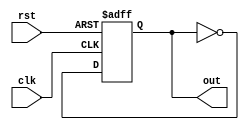
module Freq_Div_by_2(
    input clk,
    input rst,
    output reg out
    );
    
    always @(posedge clk or negedge rst)
    if (!rst)
        out <= 0;
    else
        out <= ~out;
endmodule